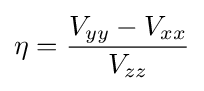
\eta ={\frac {V_{yy}-V_{xx}}{V_{zz}}}